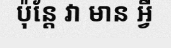
ប៉ុន្តែ វា មាន អ្វី